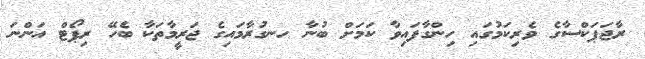
ރާޖަޕަކްސާގެ ވެރިކަމުގައި ހިންގާފައިވާ ކަމަށް ބުނާ ހނގުރާމައިގެ ޖަރީމާތަކާ ބެހޭ ރިޕޯޓް އަންނަ